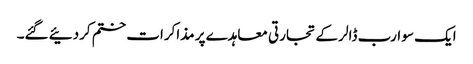
ایک سو ارب ڈالر کے تجارتی معاہدے پر مذاکرات ختم کردئیے گئے۔